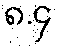
၈.၄